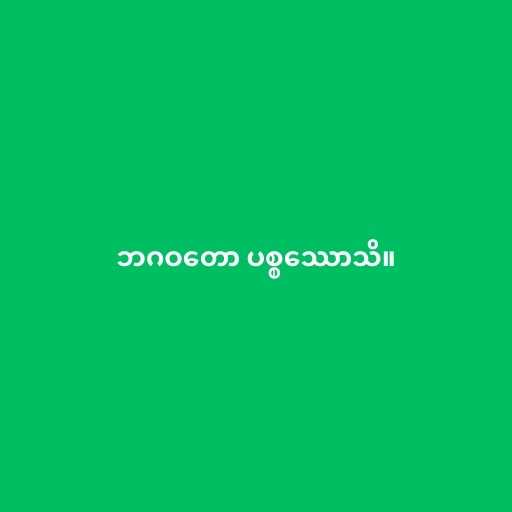
ဘဂဝတော ပစ္စဿောသိ။